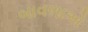
બાવળાએ